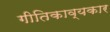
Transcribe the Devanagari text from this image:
गीतिकाव्यकार